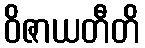
ဝိဇာယတီတိ